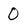
Character: 0